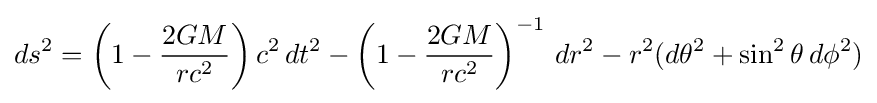
ds^{2}=\left(1-{\frac {2GM}{rc^{2}}}\right)c^{2}\,dt^{2}-\left(1-{\frac {2GM}{rc^{2}}}\right)^{-1}\,dr^{2}-r^{2}(d\theta ^{2}+\sin ^{2}\theta \,d\phi ^{2})